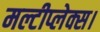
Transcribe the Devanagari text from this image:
मल्टीप्लेक्स।